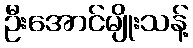
ဦးအောင်မျိုးသန့်